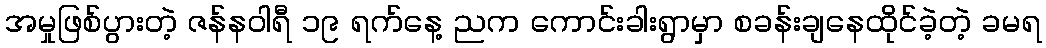
အမှုဖြစ်ပွားတဲ့ ဇန်နဝါရီ ၁၉ ရက်နေ့ ညက ကောင်းခါးရွာမှာ စခန်းချနေထိုင်ခဲ့တဲ့ ခမရ